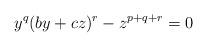
LaTeX: \begin{align*}y^q(by+cz)^r-z^{p+q+r}=0\end{align*}